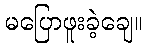
မပြောဖူးခဲ့ချေ။